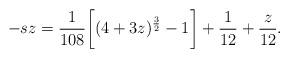
LaTeX: \begin{align*}-sz = \frac{1}{108} \biggl [ (4+3z)^{\frac{3}{2}}-1 \biggr ] + \frac{1}{12} + \frac{z}{12} .\end{align*}